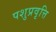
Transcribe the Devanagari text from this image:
पशुप्रवृत्ति